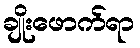
ချိုးဖောက်ရာ